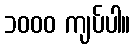
၁၀၀၀ ကျပ်ပါ။